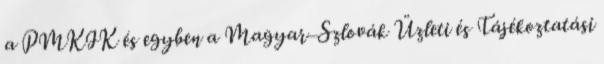
a PMKIK és egyben a Magyar–Szlovák Üzleti és Tájékoztatási